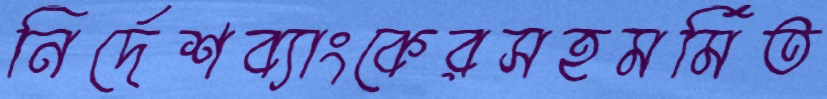
নির্দেশব্যাংকেরসহমর্মিত